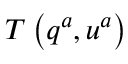
T \left( q ^ { a } , u ^ { a } \right)